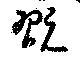
翫